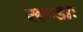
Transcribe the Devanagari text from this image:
खण्डाः